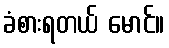
ခံစားရတယ် မောင်။